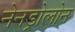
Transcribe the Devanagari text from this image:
नेनड्रोलोन